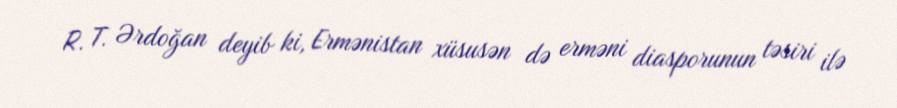
R. T. Ərdoğan deyib ki, Ermənistan xüsusən də erməni diasporunun təsiri ilə